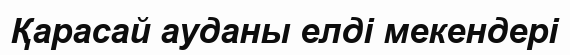
Қарасай ауданы елді мекендері